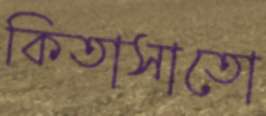
কিতাসাতো